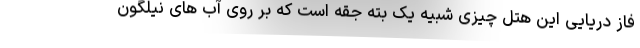
فاز دریایی این هتل چیزی شبیه یک بته جقه است که بر روی آب های نیلگون